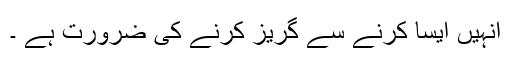
انہیں ایسا کرنے سے گریز کرنے کی ضرورت ہے ۔